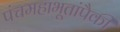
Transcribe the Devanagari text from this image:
पंचमहाभूतांपैकी